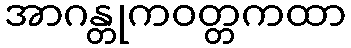
အာဂန္တုကဝတ္တကထာ